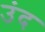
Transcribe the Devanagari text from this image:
उंद